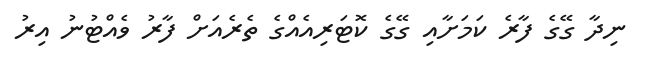
ނިދާ ގޭގެ ފާރެ ކަމަށާއި ގޭގެ ކޮޓަރިއެއްގެ ތެރެއަށް ފާރު ވެއްޓުނު އިރު